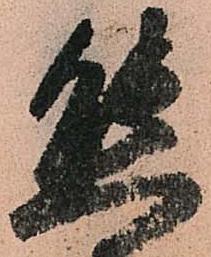
態